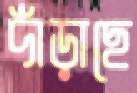
দাঁড়াছে